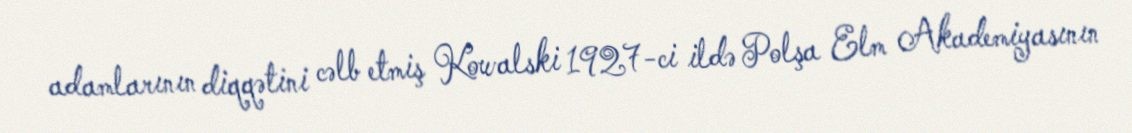
adamlarının diqqətini cəlb etmiş Kowalski 1927-ci ildə Polşa Elm Akademiyasının